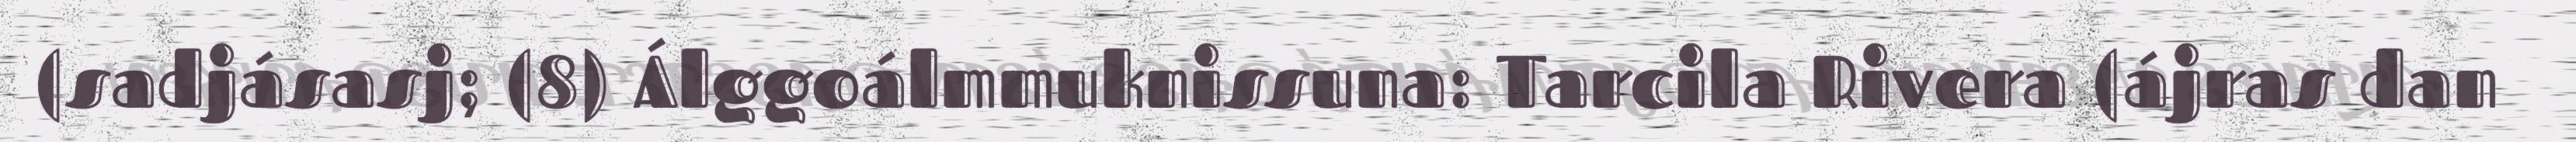
(sadjásasj; (8) Álggoálmmuknissuna: Tarcila Rivera (ájras dan